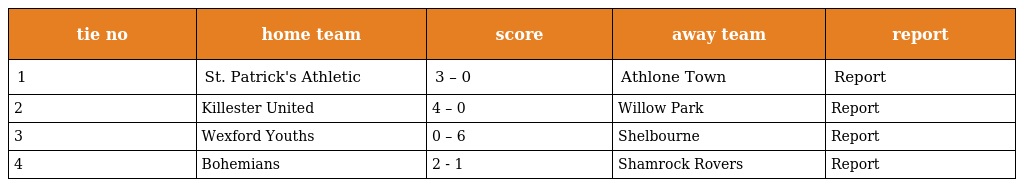
| tie no | home team | score | away team | report |
 | --- | --- | --- | --- | --- |
 | 1 | St. Patrick's Athletic | 3 – 0 | Athlone Town | Report |
 | 2 | Killester United | 4 – 0 | Willow Park | Report |
 | 3 | Wexford Youths | 0 – 6 | Shelbourne | Report |
 | 4 | Bohemians | 2 - 1 | Shamrock Rovers | Report |